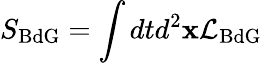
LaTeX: S_{\mathrm{BdG}}=\int dtd^{2}\mathbf{x}\mathcal{L}_{\mathrm{BdG}}